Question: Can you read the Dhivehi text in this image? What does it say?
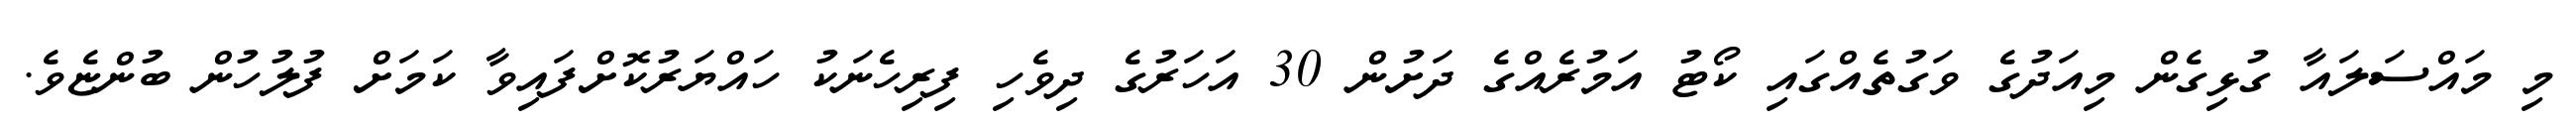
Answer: މި މައްސަލައާ ގުޅިގެން މިއަދުގެ ވަގުތެއްގައި ކޯޓު އަމުރެއްގެ ދަށުން 30 އަހަރުގެ ދިވެހި ފިރިހެނަކު ހައްޔަރުކޮށްފައިވާ ކަމަށް ފުލުހުން ބުންޏެވެ.